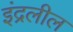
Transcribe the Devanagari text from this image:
इंद्रलील